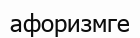
афоризмге